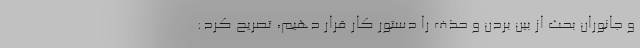
و جانوران بحث از بین بردن و حذف را دستور کار قرار دهیم، تصریح کرد: